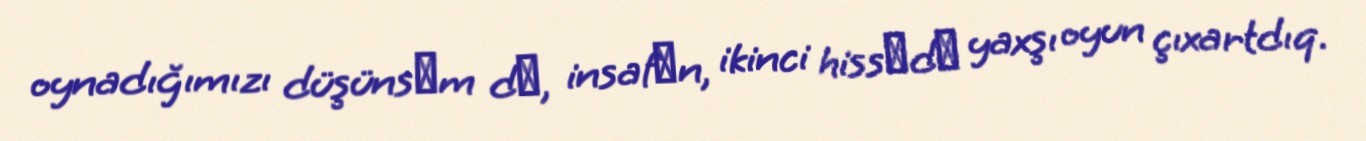
oynadığımızı düşünsәm dә, insafәn, ikinci hissәdә yaxşı oyun çıxartdıq.